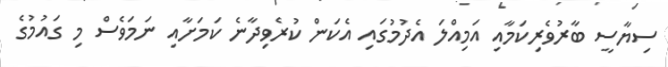
ސިޔާސީ ބާރުވެރިކަމާއި އަމިއްލަ އެދުމުގައި އެކަން ކުރެވިދާނެ ކަަމަށާއި ނަމަވެސް މި ގައުމުގެ